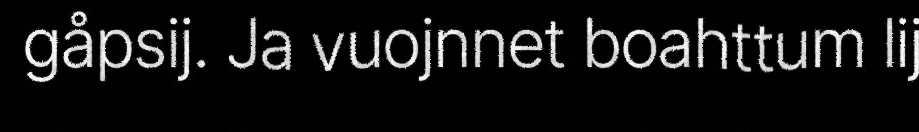
gåpsij. Ja vuojnnet boahttum lij